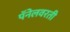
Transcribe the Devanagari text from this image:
पॅनेलवरती